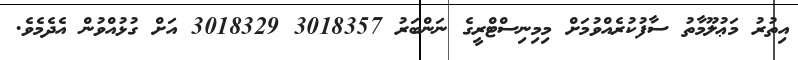
އިތުރު މަޢުލޫމާތު ސާފުކުރެއްވުމަށް މިމިނިސްޓްރީގެ ނަންބަރު 3018357 3018329 އަށް ގުޅުއްވުން އެދެމެވެ.